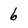
Character: 6